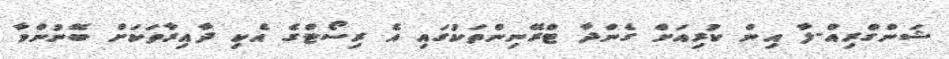
ޝަންގްރިއް-ލާ އިން ކުރިއަށް ގެންދާ ޓްރޭނިންތަކުގައި އެ ރިސޯޓްގެ އެކި ދާއިރާތަކަށް ބޭނުންވާ